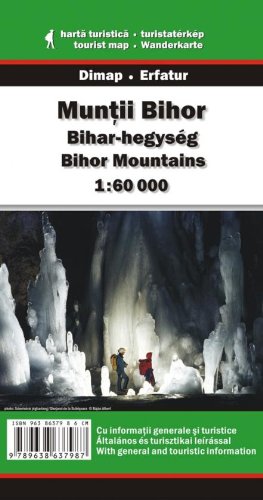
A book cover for Bihor Mountains (Transylvania, Romania) 1:60,000 Hiking Map, GPS, DIMAP; Dimap; Travel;